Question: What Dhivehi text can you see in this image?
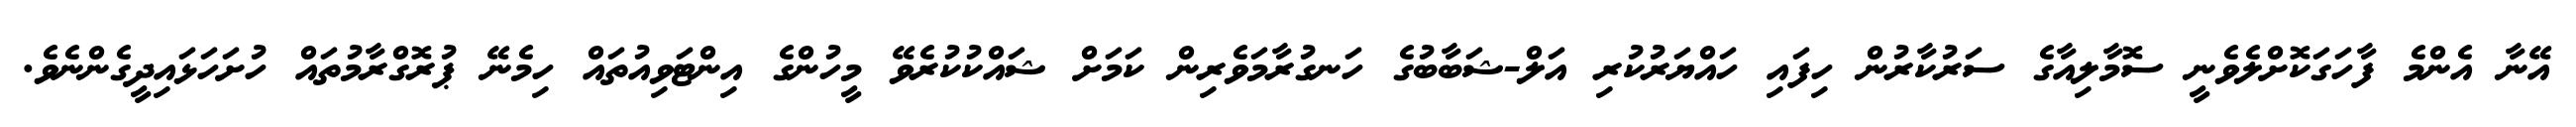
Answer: އޭނާ އެންމެ ފާހަގަކޮށްލެވެނީ ސޮމާލިއާގެ ސަރުކާރުން ހިފައި ހައްޔަރުކުރި އަލް-ޝަބާބުގެ ހަނގުރާމަވެރިން ކަމަށް ޝައްކުކުރެވޭ މީހުންގެ އިންޓަވިއުތައް ހިމެނޭ ޕުރޮގްރާމުތައް ހުށަހަޅައިދީގެންނެވެ.